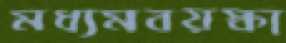
মধ্যমবয়স্কা